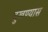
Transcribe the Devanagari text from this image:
दुखण्यास